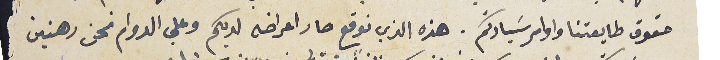
حقوق طايفتنا واوامر سَيادتكم. هذه الذي نوقع صار اعراضه لديكم وعلى الدوام نحن رهنين